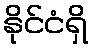
နိုင်ငံရှိ